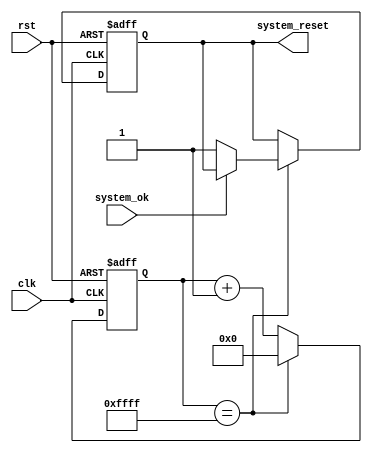
module watchdog_timer (
    input wire clk,        // Clock signal
    input wire rst,        // Reset signal
    input wire system_ok,  // Signal indicating system is functioning properly
    output reg system_reset // Output to reset the system
);

reg [15:0] count; // 16-bit counter for timing window

always @(posedge clk or posedge rst) begin
    if (rst) begin
        count <= 0;
        system_reset <= 0;
    end else begin
        count <= count + 1;
        
        if (count == 16'd65535) begin // Check if timing window has elapsed
            if (!system_ok) begin // Reset system if not functioning properly
                system_reset <= 1;
            end
            count <= 0;
        end
    end
end

endmodule